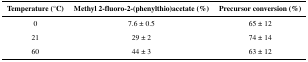
| Temperature (°C) | Methyl 2-fluoro-2-(phenylthio)acetate (%) | Precursor conversion (%) |
 | --- | --- | --- |
 | 0 | 7.6 ± 0.5 | 65 ± 12 |
 | 21 | 29 ± 2 | 74 ± 14 |
 | 60 | 44 ± 3 | 63 ± 12 |